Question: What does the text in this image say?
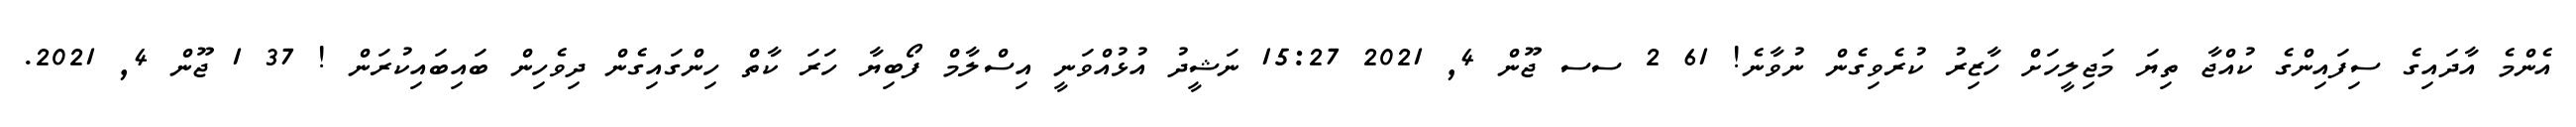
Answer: އެންމެ އާދައިގެ ސިފައިންގެ ކުއްޖާ ތިޔަ މަޖިލީހަށް ހާޒިރު ކުރެވިގެން ނުވާނެ! 61 2 ސސ ޖޫން 4, 2021 15:27 ނަޝީދު އުޅުއްވަނީ އިސްލާމް ފޯބިޔާ ހަރަ ކާތް ހިންގައިގެން ދިވެހިން ބައިބައިކުރަން ! 37 1 ޖޫން 4, 2021.